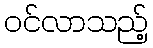
ဝင်လာသည့်